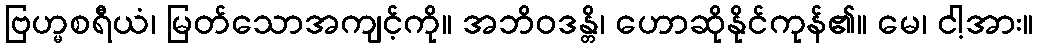
ဗြဟ္မစရီယံ၊ မြတ်သောအကျင့်ကို။ အဘိဝဒန္တိ၊ ဟောဆိုနိုင်ကုန်၏။ မေ၊ ငါ့အား။